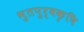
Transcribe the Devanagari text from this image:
भुतपुर्वकृषि